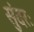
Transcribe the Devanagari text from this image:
सुंदरः